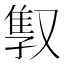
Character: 𫩇